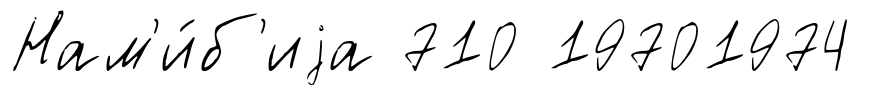
Нам'и́б'иjа 710 19701974